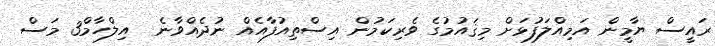
ރައީސް ޔާމީން އަމިއްލަފުޅަށް މިޤައުމުގެ ވެރިކަމުން އިސްތިއުފާއެއް ނުދެއްވާނެ  އިލްހާމް3 މަސް